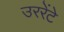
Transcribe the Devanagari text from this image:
उररेंटे